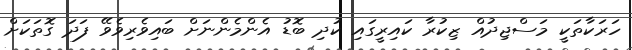
ހަރަކާތަކީ މަސްޖިދުއް ޒިކުރާ ކައިރީގައި ކުދި ބޮޑު އެންމެންނަށް ބައިވެރިވެވޭ ފަދަ ގޮތަކަށް